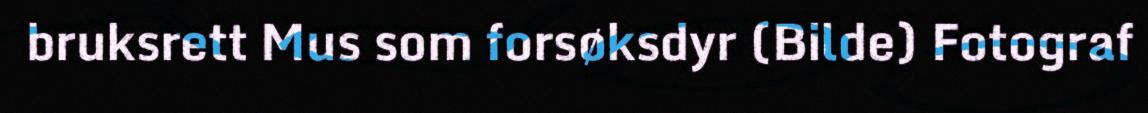
bruksrett Mus som forsøksdyr (Bilde) Fotograf